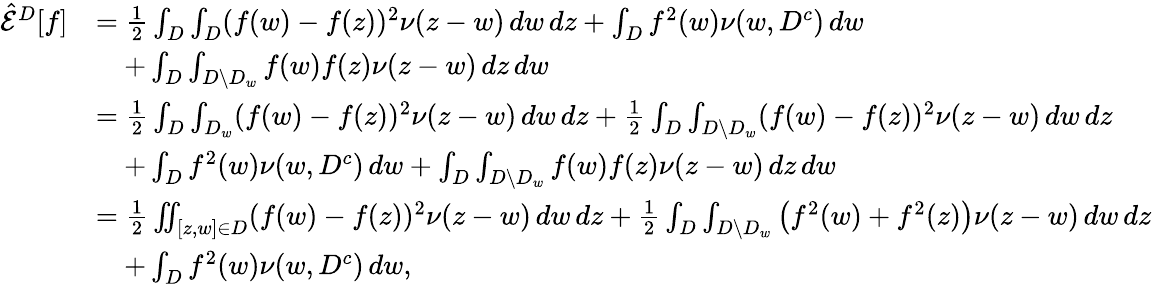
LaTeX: \begin{array}{rl}{\hat{\mathcal{E}}^{D}[f]}&{=\frac{1}{2}\int_{D}\int_{D}(f(w)-f(z))^{2}\nu(z-w)\, dw\, dz+\int_{D}f^{2}(w)\nu(w,D^{c})\, dw}\\ &{\quad+\int_{D}\int_{D\setminus D_{w}}f(w)f(z)\nu(z-w)\, dz\, dw}\\ &{=\frac{1}{2}\int_{D}\int_{D_{w}}(f(w)-f(z))^{2}\nu(z-w)\, dw\, dz+\frac{1}{2}\int_{D}\int_{D\setminus D_{w}}(f(w)-f(z))^{2}\nu(z-w)\, dw\, dz}\\ &{\quad+\int_{D}f^{2}(w)\nu(w,D^{c})\, dw+\int_{D}\int_{D\setminus D_{w}}f(w)f(z)\nu(z-w)\, dz\, dw}\\ &{=\frac{1}{2}\iint_{[z,w]\in D}(f(w)-f(z))^{2}\nu(z-w)\, dw\, dz+\frac{1}{2}\int_{D}\int_{D\setminus D_{w}}\left(f^{2}(w)+f^{2}(z)\right)\nu(z-w)\, dw\, dz}\\ &{\quad+\int_{D}f^{2}(w)\nu(w,D^{c})\, dw,}\end{array}